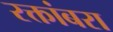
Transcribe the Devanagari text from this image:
रक्तांबरा